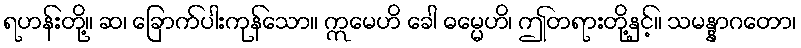
ရဟန်းတို့။ ဆ၊ ခြောက်ပါးကုန်သော။ ဣမေဟိ ခေါ ဓမ္မေဟိ၊ ဤတရားတို့နှင့်။ သမန္နာဂတော၊